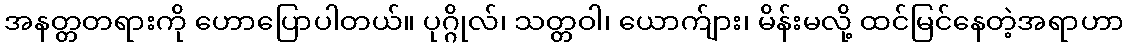
အနတ္တတရားကို ဟောပြောပါတယ်။ ပုဂ္ဂိုလ်၊ သတ္တဝါ၊ ယောက်ျား၊ မိန်းမလို့ ထင်မြင်နေတဲ့အရာဟာ